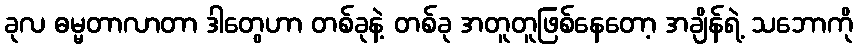
ခုလ ဓမ္မတာလာတာ ဒါတွေဟာ တစ်ခုနဲ့ တစ်ခု အတူတူဖြစ်နေတော့ အချိန်ရဲ့ သဘောကို